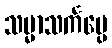
သမ္မာသင်္ကပ္ပေ